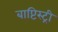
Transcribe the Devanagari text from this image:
बाप्टिस्ट्री